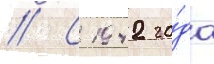
// С 1942 го́да